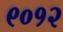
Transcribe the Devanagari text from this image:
९०१२